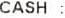
CASH :